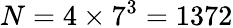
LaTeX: N=4\times 7^{3}=1372